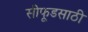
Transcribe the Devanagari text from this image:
सीफूडसाठी